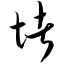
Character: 堵